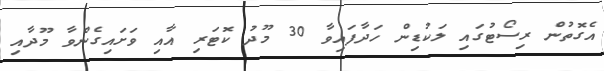
އެގޮތުން ރިސޯޓުގައި ލަކުޑިން ހަދާފައިވާ 30 މޫދު ކޮޓަރި އާއި ވަށައިގެންވާ މޫދާއި